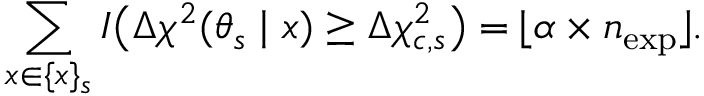
\sum _ { x \in \{ x \} _ { s } } I \bigl ( \Delta \chi ^ { 2 } ( \theta _ { s } \mid x ) \ge \Delta \chi _ { c , s } ^ { 2 } \bigr ) = \lfloor \alpha \times n _ { \mathrm { e x p } } \rfloor .